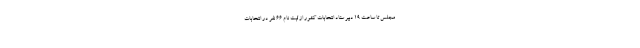
مجلس تا ساعت 19 دبیر ستاد انتخابات کشور از ثبت نام ۶۶ نفر در انتخابات